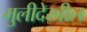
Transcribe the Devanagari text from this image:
मुलीदेखील